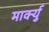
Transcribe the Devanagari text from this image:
मार्क्यु